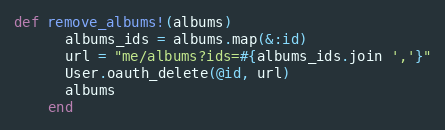
Language: Ruby
def remove_albums!(albums)
      albums_ids = albums.map(&:id)
      url = "me/albums?ids=#{albums_ids.join ','}"
      User.oauth_delete(@id, url)
      albums
    end